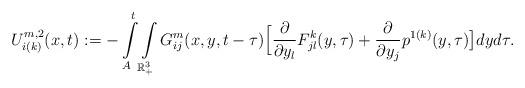
LaTeX: \begin{align*}U_{i(k)}^{m,2}(x,t):= -\int\limits^t_{A}\int\limits_{\mathbb{R}^{3}_{+}}G_{ij}^{m}(x,y,t-\tau)\Big[\frac{\partial}{\partial y_{l}}F^{k}_{jl}(y,\tau)+\frac{\partial}{\partial{y_j}}p^{1(k)}(y,\tau)\big]dyd\tau.\end{align*}